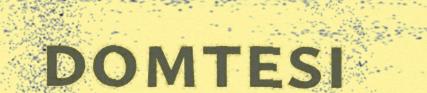
domtesi